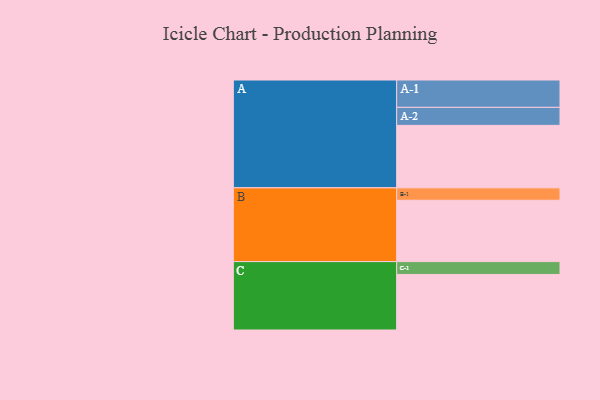
{"axis": {"x": "Segment", "y": "Value"}, "legend": ["", "A", "B", "C"], "data": [{"x": "A", "y": 594, "type": ""}, {"x": "B", "y": 583, "type": ""}, {"x": "C", "y": 528, "type": ""}, {"x": "A-1", "y": 260, "type": "A"}, {"x": "A-2", "y": 171, "type": "A"}, {"x": "B-1", "y": 118, "type": "B"}, {"x": "C-1", "y": 122, "type": "C"}]}